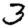
Digit: 3